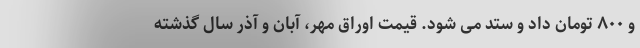
و ۸۰۰ تومان داد و ستد می شود. قیمت اوراق مهر، آبان و آذر سال گذشته